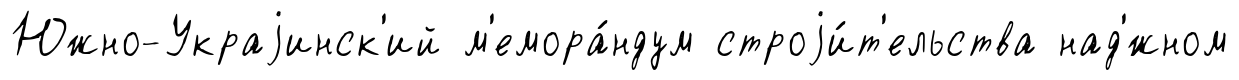
Южно-Украjинск'ий м'емора́ндум строjи́т'ельства над'́жном